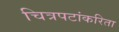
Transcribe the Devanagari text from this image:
चित्रपटांकरिता